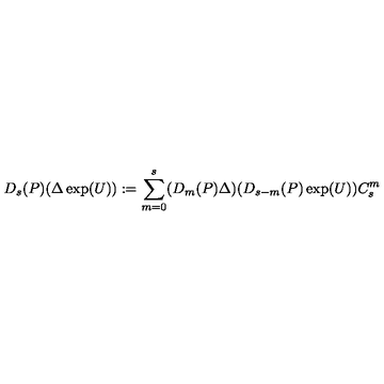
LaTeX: D _ { s } ( P ) ( \Delta \exp ( U ) ) : = \sum _ { m = 0 } ^ { s } ( D _ { m } ( P ) \Delta ) ( D _ { s - m } ( P ) \exp ( U ) ) C _ { s } ^ { m }